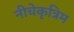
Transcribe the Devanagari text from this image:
नीचेकृत्रिम